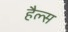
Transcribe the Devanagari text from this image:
हैल्स